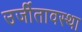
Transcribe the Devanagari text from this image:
उर्जीतावस्था